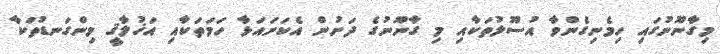
މިގާނޫނުގައި ހިމެނިގެންވާ އުސޫލުތަކާއި މި ގާނޫނުގެ ދަށުން އެކަށައަޅާ ހަމަތަކާއި އަޚުލާޤީ މިންގަނޑުތަކާ